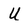
Character: U